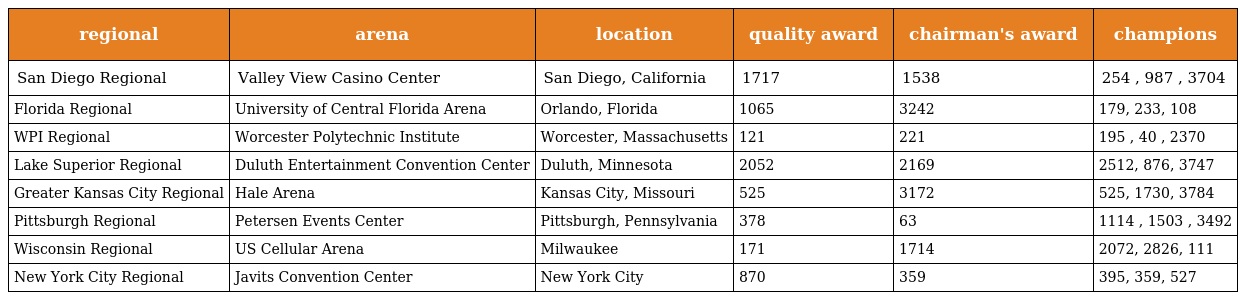
| regional | arena | location | quality award | chairman's award | champions |
 | --- | --- | --- | --- | --- | --- |
 | San Diego Regional | Valley View Casino Center | San Diego, California | 1717 | 1538 | 254 , 987 , 3704 |
 | Florida Regional | University of Central Florida Arena | Orlando, Florida | 1065 | 3242 | 179, 233, 108 |
 | WPI Regional | Worcester Polytechnic Institute | Worcester, Massachusetts | 121 | 221 | 195 , 40 , 2370 |
 | Lake Superior Regional | Duluth Entertainment Convention Center | Duluth, Minnesota | 2052 | 2169 | 2512, 876, 3747 |
 | Greater Kansas City Regional | Hale Arena | Kansas City, Missouri | 525 | 3172 | 525, 1730, 3784 |
 | Pittsburgh Regional | Petersen Events Center | Pittsburgh, Pennsylvania | 378 | 63 | 1114 , 1503 , 3492 |
 | Wisconsin Regional | US Cellular Arena | Milwaukee | 171 | 1714 | 2072, 2826, 111 |
 | New York City Regional | Javits Convention Center | New York City | 870 | 359 | 395, 359, 527 |